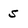
Character: s